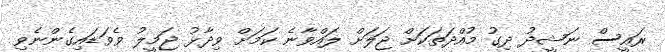
ރައީސް ނަޝީދު ދިގު މުއްދަތަކަށް ޖަލަށް ލައްވާނެ ކަމަށް ވިދާޅު ޖަމީލު ވެވަޑައިގެންނެވި